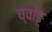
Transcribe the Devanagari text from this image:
च्वांङ्